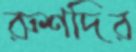
রুশদির